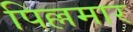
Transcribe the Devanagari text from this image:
पिल्लमार